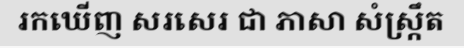
រកឃើញ សរសេរ ជា ភាសា សំស្ក្រឹត